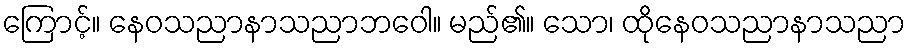
ကြောင့်။ နေဝသညာနာသညာဘဝေါ။ မည်၏။ သော၊ ထိုနေဝသညာနာသညာ